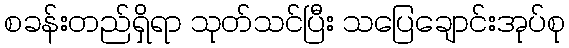
စခန်းတည်ရှိရာ သုတ်သင်ပြီး သပြေချောင်းအုပ်စု